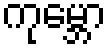
ကုမ္ဘော